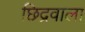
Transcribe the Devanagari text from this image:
छिद्रवाला